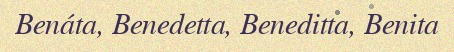
Benáta, Benedetta, Beneditta, Benita